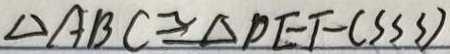
\Delta A B C \cong \Delta D E F ( S S S )